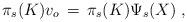
LaTeX: \begin{align*}\pi_s(K)v_o\,=\,\pi_s(K)\Psi_s(X)\;,\end{align*}